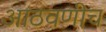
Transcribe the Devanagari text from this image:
आठवणीच